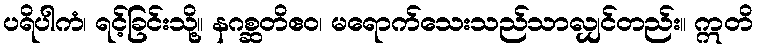
ပရိပါကံ၊ ရင့်ခြင်းသို့။ နဂစ္ဆတိဧဝ၊ မရောက်သေးသည်သာလျှင်တည်း။ ဣတိ